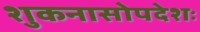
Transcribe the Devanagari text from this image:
शुकनासोपदेशः